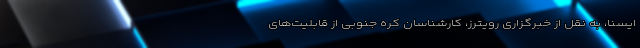
ایسنا، به نقل از خبرگزاری رویترز، کارشناسان کره جنوبی از قابلیت‌های